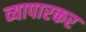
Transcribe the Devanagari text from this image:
व्यापारकर